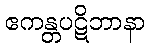
ဧကန္တပဋိဘာနာ